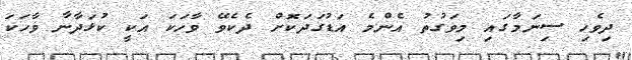
ދިވެހި ސިނަމާގައި މިވަގުތު އެންމެ އަޑުގަދަކޮށް ދެކެވޭ ވާހަކަ އަކީ ކުޅަދާނާ ވާހަކަ